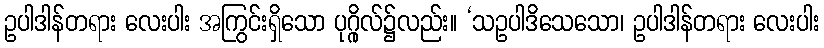
ဥပါဒါန်တရား လေးပါး အကြွင်းရှိသော ပုဂ္ဂိုလ်၌လည်း။ ‘သဥပါဒိသေသော၊ ဥပါဒါန်တရား လေးပါး